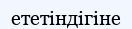
ететіндігіне